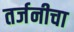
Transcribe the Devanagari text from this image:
तर्जनीचा